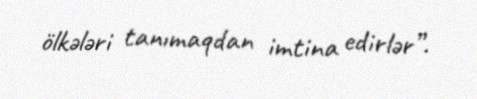
ölkələri tanımaqdan imtina edirlər”.